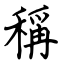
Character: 稱